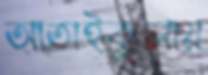
আতাইকুলায়